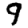
Digit: 9